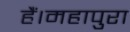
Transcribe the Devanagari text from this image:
हैं।महापुरा